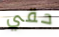
حقي